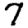
Digit: 7